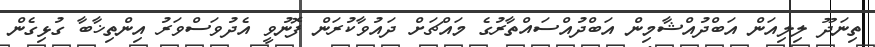
ތިނަދޫ ލިލިއަން އަބްދުއްޝާމިން އަބްދުއްސައްތާރުގެ މައްޗަށް ދައުވާކުރަން ފޮނުވީ އެދުވަސްވަރު އިންތިޚާބާ ގުޅިގެން